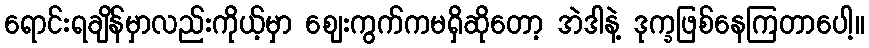
ရောင်းရချိန်မှာလည်းကိုယ့်မှာ ဈေးကွက်ကမရှိဆိုတော့ အဲဒါနဲ့ ဒုက္ခဖြစ်နေကြတာပေါ့။